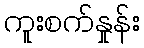
ကူးစက်နှုန်း